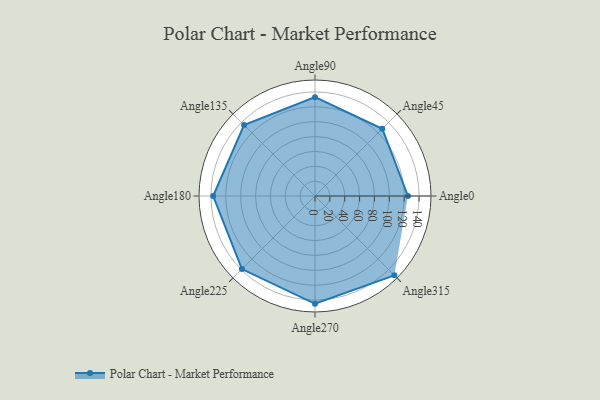
{"axis": {"x": "Angle", "y": "Radius"}, "legend": [""], "data": [{"x": "Angle0", "y": 125.0, "type": ""}, {"x": "Angle45", "y": 128.0, "type": ""}, {"x": "Angle90", "y": 133.0, "type": ""}, {"x": "Angle135", "y": 135.0, "type": ""}, {"x": "Angle180", "y": 137.0, "type": ""}, {"x": "Angle225", "y": 139.0, "type": ""}, {"x": "Angle270", "y": 145.0, "type": ""}, {"x": "Angle315", "y": 151.0, "type": ""}]}